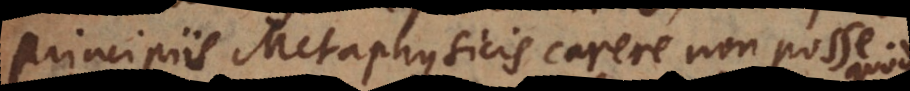
principiis Metaphysicis carere non posse.